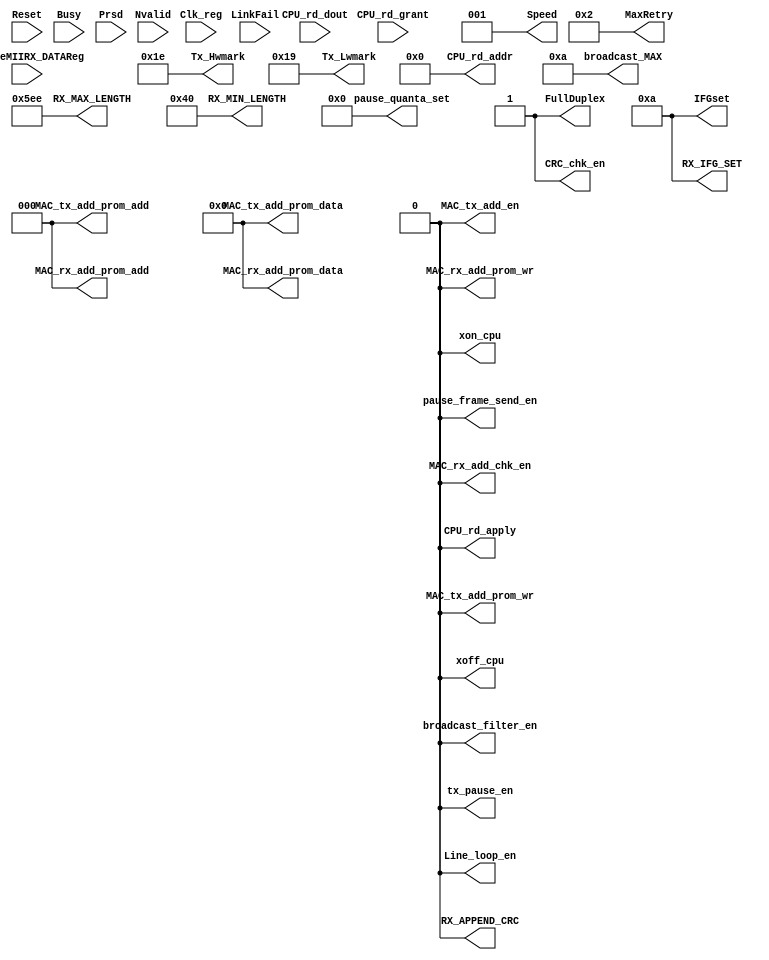
//////////////////////////////////////////////////////////////////////
////                                                              ////
////  reg_int_sim.v                                               ////
////                                                              ////
////  This file is part of the Ethernet IP core project           ////
////  http://www.opencores.org/projects.cgi/web/ethernet_tri_mode/////
////                                                              ////
////  Author(s):                                                  ////
////      - Jon Gao (gaojon@yahoo.com)                      	  ////
////                                                              ////
////                                                              ////
//////////////////////////////////////////////////////////////////////
////                                                              ////
//// Copyright (C) 2001 Authors                                   ////
////                                                              ////
//// This source file may be used and distributed without         ////
//// restriction provided that this copyright statement is not    ////
//// removed from the file and that any derivative work contains  ////
//// the original copyright notice and the associated disclaimer. ////
////                                                              ////
//// This source file is free software; you can redistribute it   ////
//// and/or modify it under the terms of the GNU Lesser General   ////
//// Public License as published by the Free Software Foundation; ////
//// either version 2.1 of the License, or (at your option) any   ////
//// later version.                                               ////
////                                                              ////
//// This source is distributed in the hope that it will be       ////
//// useful, but WITHOUT ANY WARRANTY; without even the implied   ////
//// warranty of MERCHANTABILITY or FITNESS FOR A PARTICULAR      ////
//// PURPOSE.  See the GNU Lesser General Public License for more ////
//// details.                                                     ////
////                                                              ////
//// You should have received a copy of the GNU Lesser General    ////
//// Public License along with this source; if not, download it   ////
//// from http://www.opencores.org/lgpl.shtml                     ////
////                                                              ////
//////////////////////////////////////////////////////////////////////
//                                                                    
// CVS Revision History                                               
//                                                                    
// $Log: not supported by cvs2svn $

module reg_int_sim (
input			Reset					,
input			Clk_reg					,
				//Tx host interface 
output	[4:0]	Tx_Hwmark				,
output	[4:0]	Tx_Lwmark				,	
output			pause_frame_send_en		,				
output	[15:0]	pause_quanta_set		,
output			MAC_tx_add_en			,				
output			FullDuplex         		,
output	[3:0]	MaxRetry	        	,
output	[5:0]	IFGset					,
output	[7:0]	MAC_tx_add_prom_data	,
output	[2:0]	MAC_tx_add_prom_add		,
output			MAC_tx_add_prom_wr		,
output			tx_pause_en				,
output			xoff_cpu	        	,
output			xon_cpu	            	,
				//Rx host interface 	
output			MAC_rx_add_chk_en		,	
output	[7:0]	MAC_rx_add_prom_data	,	
output	[2:0]	MAC_rx_add_prom_add		,   
output			MAC_rx_add_prom_wr		,   
output			broadcast_filter_en	    ,
output	[15:0]	broadcast_MAX	        ,				        
output			RX_APPEND_CRC			,
output			CRC_chk_en				,				
output	[5:0]	RX_IFG_SET	  			,
output	[15:0]	RX_MAX_LENGTH 			,//	1518
output	[6:0]	RX_MIN_LENGTH			,//	64
				//RMON host interface
output	[5:0]	CPU_rd_addr				,
output			CPU_rd_apply			,
input			CPU_rd_grant			,
input	[31:0]	CPU_rd_dout				,
				//Phy int host interface     
output			Line_loop_en			,
output	[2:0]	Speed					,
				//MII to CPU 
//output  [7:0] 	Divider            		,// Divider for the host clock
//output  [15:0] 	CtrlData           		,// Control Data (to be written to the PHY reg.)
//output  [4:0] 	Rgad               		,// Register Address (within the PHY)
//output  [4:0] 	Fiad               		,// PHY Address
//output         	NoPre              		,// No Preamble (no 32-bit preamble)
//output         	WCtrlData          		,// Write Control Data operation
//output         	RStat              		,// Read Status operation
//output         	ScanStat           		,// Scan Status operation
input        	Busy               		,// Busy Signal
input        	LinkFail           		,// Link Integrity Signal
input        	Nvalid             		,// Invalid Status (qualifier for the valid scan result)
input 	[15:0] 	Prsd               		,// Read Status Data (data read from the PHY)
//input        	WCtrlDataStart     		,// This signals resets the WCTRLDATA bit in the MIIM Command register
//input        	RStatStart         		,// This signal resets the RSTAT BIT in the MIIM Command register
input        	UpdateMIIRX_DATAReg		// Updates MII RX_DATA register with read data
);

assign Tx_Hwmark				    	=5'h1e;
assign Tx_Lwmark				        =5'h19;
assign pause_frame_send_en		        =0;
assign pause_quanta_set		            =0;
assign MAC_tx_add_en			        =0;
assign FullDuplex         		        =1;
assign MaxRetry	        	            =2;
assign IFGset					        =10;
assign MAC_tx_add_prom_data	            =0;
assign MAC_tx_add_prom_add		        =0;
assign MAC_tx_add_prom_wr		        =0;
assign tx_pause_en				        =0;
assign xoff_cpu	        	            =0;
assign xon_cpu	                        =0;
 
assign MAC_rx_add_chk_en				=0;
assign MAC_rx_add_prom_data             =0;
assign MAC_rx_add_prom_add	            =0;
assign MAC_rx_add_prom_wr	            =0;
assign broadcast_filter_en	            =0;
assign broadcast_MAX	                =10;
assign RX_APPEND_CRC		            =0;
assign CRC_chk_en			            =1;
assign RX_IFG_SET	  		            =10;
assign RX_MAX_LENGTH 		            =1518;
assign RX_MIN_LENGTH		            =64;

assign CPU_rd_addr						=0;
assign CPU_rd_apply	                    =0;
  
assign Line_loop_en						=0;		
assign Speed					        =3'b001;
  
endmodule